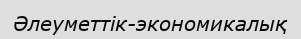
Әлеуметтік-экономикалық